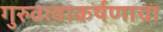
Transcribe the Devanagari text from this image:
गुरुवत्वाकर्षणाचा